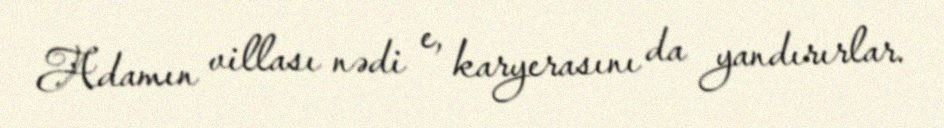
Adamın villası nədi e, karyerasını da yandırırlar.